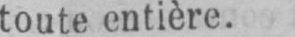
toute entière.